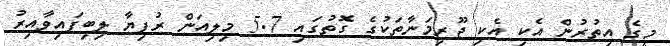
މީގެ އިތުރުން އެކި އެކި ޖޫރިމަނާތަކުގެ ގޮތުގައި 5.7 މިލިއަން ރުފިޔާ ލިބިފައިވާއިރު